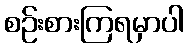
စဉ်းစားကြရမှာပါ